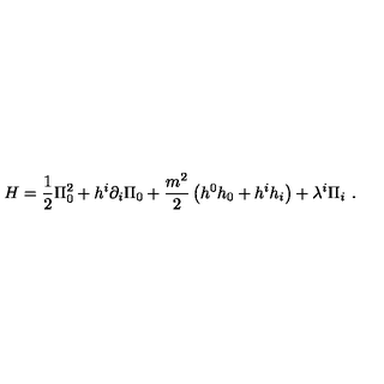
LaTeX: H = \frac { 1 } { 2 } \Pi _ { 0 } ^ { 2 } + h ^ { i } \partial _ { i } \Pi _ { 0 } + \frac { m ^ { 2 } } { 2 } \left( h ^ { 0 } h _ { 0 } + h ^ { i } h _ { i } \right) + \lambda ^ { i } \Pi _ { i } \ .